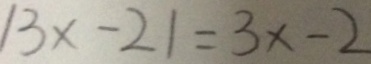
\vert 3 x - 2 \vert = 3 x - 2